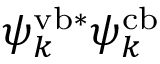
\psi _ { k } ^ { \mathrm { v b } * } \psi _ { k } ^ { \mathrm { c b } }